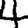
Digit: 4